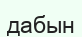
дабын